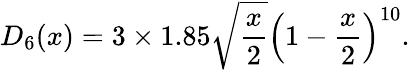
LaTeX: D_{6}(x)=3\times 1.85\sqrt{\frac{x}{2}}\left(1-{\frac{x}{2}}\right)^{10}.